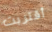
أقتربت